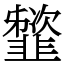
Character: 䪡